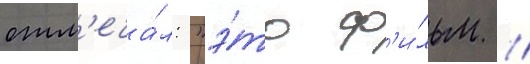
отм'еча́л: "э́то ф'и́льм /